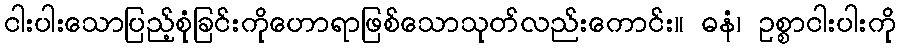
ငါးပါးသောပြည့်စုံခြင်းကိုဟောရာဖြစ်သောသုတ်လည်းကောင်း။ ဓနံ၊ ဥစ္စာငါးပါးကို